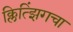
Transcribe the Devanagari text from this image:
क्लित्झिंगचा